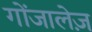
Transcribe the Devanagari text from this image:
गोंजालेज़